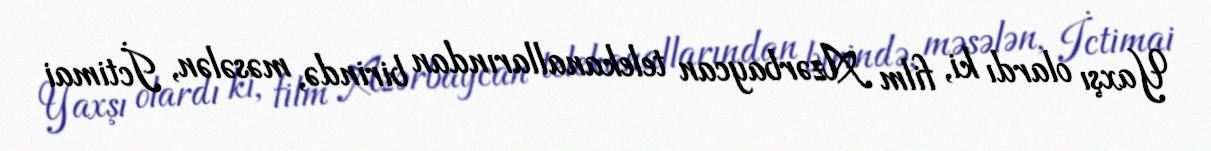
Yaxşı olardı ki, film Azərbaycan telekanallarından birində, məsələn, İctimai